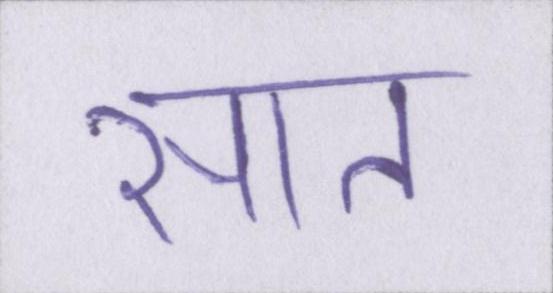
सात